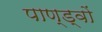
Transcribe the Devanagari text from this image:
पाण्ड्वों